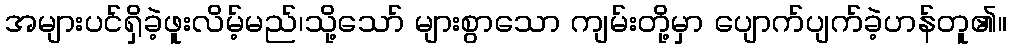
အများပင်ရှိခဲ့ဖူးလိမ့်မည်၊သို့သော် များစွာသော ကျမ်းတို့မှာ ပျောက်ပျက်ခဲ့ဟန်တူ၏။